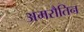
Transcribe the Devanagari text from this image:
अमरौतिन